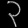
Digit: ၃